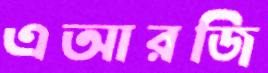
এআরজি